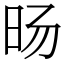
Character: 旸